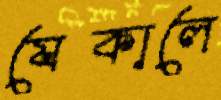
যেকালে